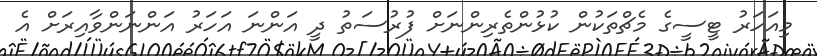
މިއަހަރު ޓީސީގެ މެޗްތަކުން ކުޅުންތެރިންނަށް ފުރުސަތު ދީ އަންނަ އަހަރު އަންނަންވާއިރަށް އެ